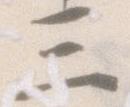
三